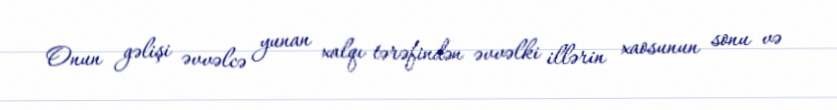
Onun gəlişi əvvəlcə yunan xalqı tərəfindən əvvəlki illərin xaosunun sonu və